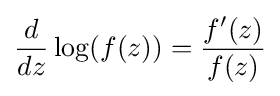
{\frac {d}{dz}}\log(f(z))={\frac {f'(z)}{f(z)}}